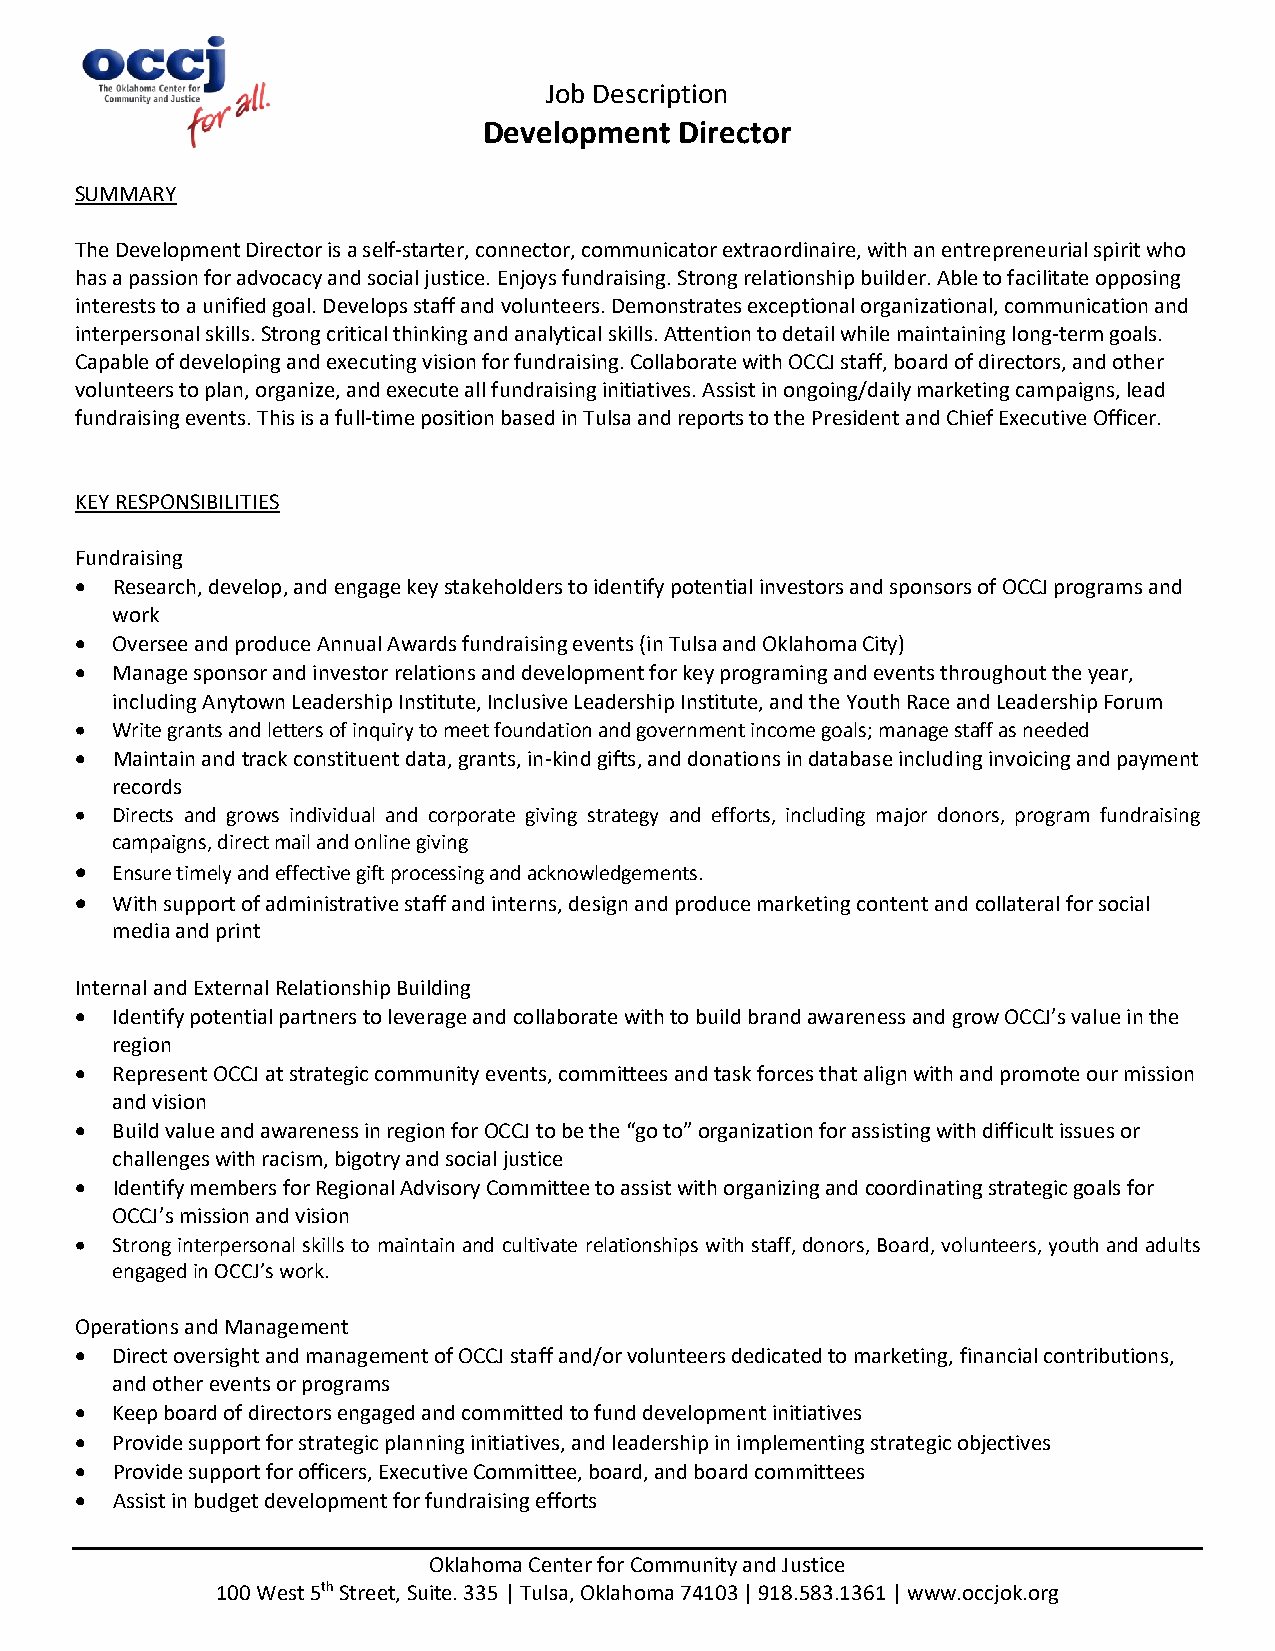
Job Description
 Development  Director
 SUMMARY
 The Development Director is a self-starter, connector, communicator extraordinaire, with an entrepreneurial spirit who
 has a passion for advocacy and social justice. Enjoys fundraising. Strong relationship builder. Able to facilitate opposing
 interests to a unified goal. Develops staff and volunteers. Demonstrates exceptional organizational, communication and
 interpersonal skills. Strong critical thinking and analytical skills. Attention to detail while maintaining long-term goals.
 Capable of developing and executing vision for fundraising. Collaborate with OCCJ staff, board of directors, and other
 volunteers to plan, organize, and execute all fundraising initiatives. Assist in ongoing/daily marketing campaigns, lead
 fundraising events. This is a full-time position based in Tulsa and reports to the President and Chief Executive Officer.
 KEY RESPONSIBILITIES
 Fundraising
 • Research, develop, and engage key stakeholders to identify potential investors and sponsors of OCCJ programs and
 work
 • Oversee and produce Annual Awards fundraising events (in Tulsa and Oklahoma City)
 • Manage sponsor and investor relations and development for key programing and events throughout the year,
 including Anytown Leadership Institute, Inclusive Leadership Institute, and the Youth Race and Leadership Forum
 • Write grants and letters of inquiry to meet foundation and government income goals; manage staff as needed
 • Maintain and track constituent data, grants, in-kind gifts, and donations in database including invoicing and payment
 records
 • Directs and grows individual and corporate giving strategy and efforts, including major donors, program fundraising
 campaigns, direct mail and online giving
 • Ensure timely and effective gift processing and acknowledgements.
 • With support of administrative staff and interns, design and produce marketing content and collateral for social
 media and print
 Internal and External Relationship Building
 • Identify potential partners to leverage and collaborate with to build brand awareness and grow OCCJ’s value in the
 region
 • Represent OCCJ at strategic community events, committees and task forces that align with and promote our mission
 and vision
 • Build value and awareness in region for OCCJ to be the “go to” organization for assisting with difficult issues or
 challenges with racism, bigotry and social justice
 • Identify members for Regional Advisory Committee to assist with organizing and coordinating strategic goals for
 OCCJ’s mission and vision
 • Strong interpersonal skills to maintain and cultivate relationships with staff, donors, Board, volunteers, youth and adults
 engaged in OCCJ’s work.
 Operations and Management
 • Direct oversight and management of OCCJ staff and/or volunteers dedicated to marketing, financial contributions,
 and other events or programs
 • Keep board of directors engaged and committed to fund development initiatives
 • Provide support for strategic planning initiatives, and leadership in implementing strategic objectives
 • Provide support for officers, Executive Committee, board, and board committees
 • Assist in budget development for fundraising efforts
 Oklahoma Center for Community and Justice
 100 West 5th Street, Suite. 335 | Tulsa, Oklahoma 74103 | 918.583.1361 | www.occjok.org